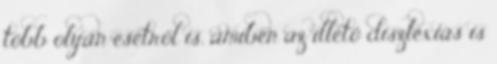
több olyan esetről is, amiben az illető diszlexiás is